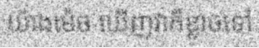
យ៉ាងម៉េច ឃើញវាក៏ខ្លាចទៅ